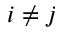
i \neq j